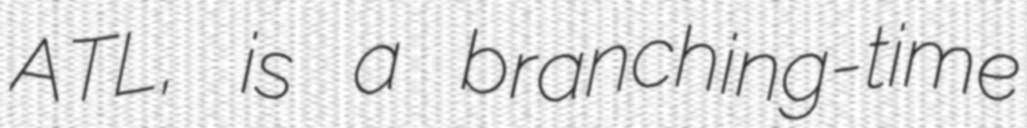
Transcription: ATL, is a branching-time